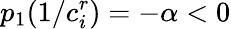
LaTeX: p_{1}(1/c_{i}^{r})=-\alpha<0